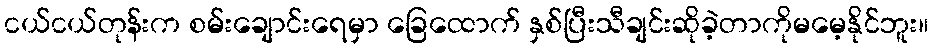
ငယ်ငယ်တုန်းက စမ်းချောင်းရေမှာ ခြေထောက် နှစ်ပြီးသီချင်းဆိုခဲ့တာကိုမမေ့နိုင်ဘူး။